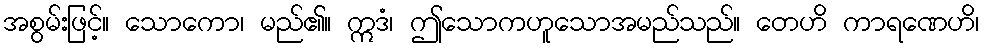
အစွမ်းဖြင့်။ သောကော၊ မည်၏။ ဣဒံ၊ ဤသောကဟူသောအမည်သည်။ တေဟိ ကာရဏေဟိ၊